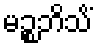
မဉ္စဘိသိံ